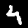
Digit: 4